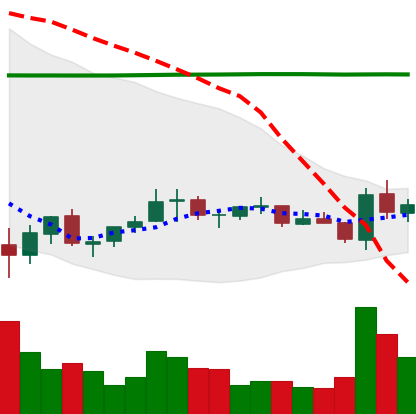
Ticker: EOS-USD
Chart end date: 2021-07-11
Forward return: -10.223%
Label: down_7plus